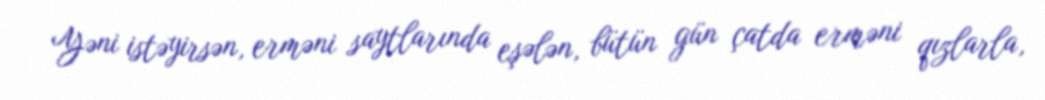
Yəni istəyirsən, erməni saytlarında eşələn, bütün gün çatda erməni qızlarla,